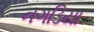
નગડિયા